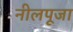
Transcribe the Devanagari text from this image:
नीलपूजा